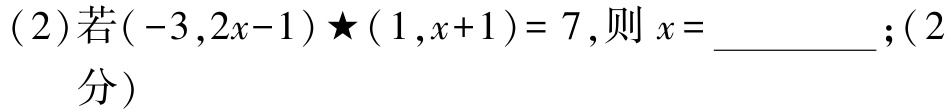
(2)若$(-3,2x - 1)\bigstar(1,x + 1)=7$,则$x =$__________;(2分)